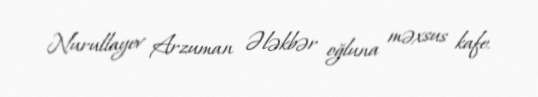
Nurullayev Arzuman Ələkbər oğluna məxsus kafe.